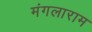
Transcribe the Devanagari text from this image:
मंगलाराम